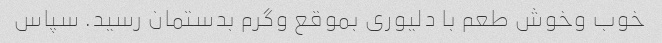
خوب وخوش طعم با دلیوری بموقع وگرم بدستمان رسید. سپاس